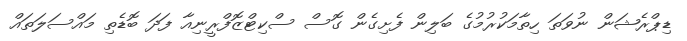
ޑިޕްރެޝަން ނުވަތަ ހިތާމަކުރުމުގެ ބަލިން ފެށިގެން ގޮސް ސްކިޓްޒޮފްރީނިއާ ފަދަ ބޮޑެތި މައްސަލަތައް